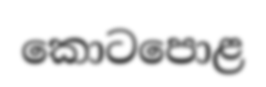
කොටපොළ